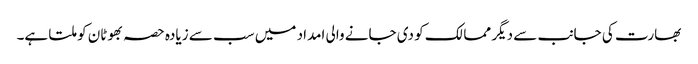
بھارت کی جانب سے دیگر ممالک کو دی جانے والی امداد میں سب سے زیادہ حصہ بھوٹان کو ملتا ہے۔